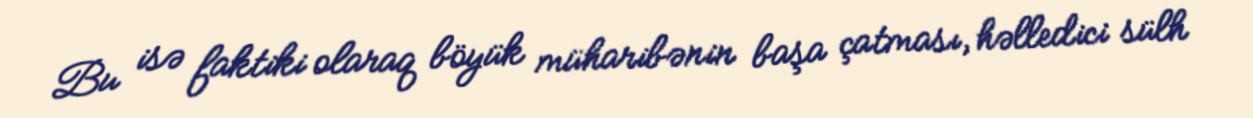
Bu isə faktiki olaraq böyük müharibənin başa çatması, həlledici sülh